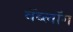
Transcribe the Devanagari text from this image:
वॅब्लॉग